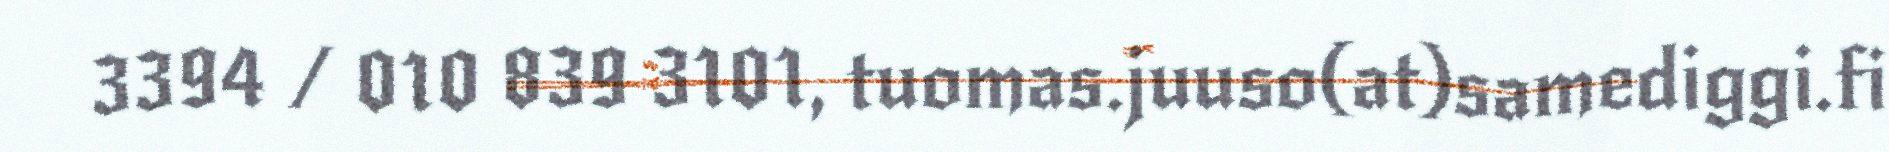
3394 / 010 839 3101, tuomas.juuso(at)samediggi.fi